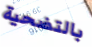
بالتضحية